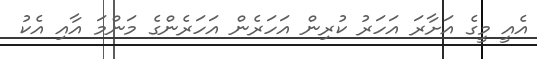
އެއީ މީގެ އަށާރަ އަހަރު ކުރިން އަހަރެން އަހަރެންގެ މަންމަ އާއި އެކު